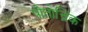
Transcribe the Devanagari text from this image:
पोतोच्निक